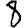
Digit: 8